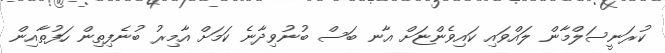
ކުރަނީސަލްމާން ލައްވައި ކައިވެންޏަށް އާނ ބަސް ބުނުވިދާނެ ކަމަށް އާމިރު ބުނެފިތިން ހަފުތާއިން